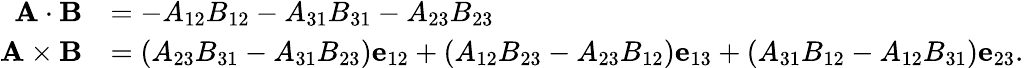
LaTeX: {\begin{array}{rl}{\mathbf{A}\cdot\mathbf{B}}&{=-A_{12}B_{12}-A_{31}B_{31}-A_{23}B_{23}}\\ {\mathbf{A}\times\mathbf{B}}&{=(A_{23}B_{31}-A_{31}B_{23})\mathbf{e}_{12}+(A_{12}B_{23}-A_{23}B_{12})\mathbf{e}_{13}+(A_{31}B_{12}-A_{12}B_{31})\mathbf{e}_{23}.}\end{array}}